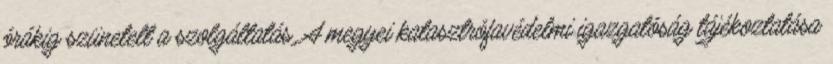
órákig szünetelt a szolgáltatás. A megyei katasztrófavédelmi igazgatóság tájékoztatása